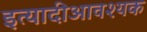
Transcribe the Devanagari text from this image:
इत्यादीआवश्यक